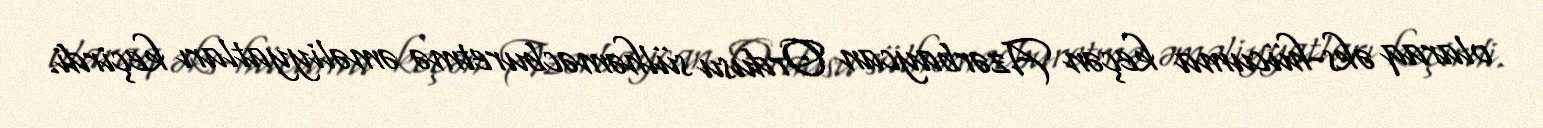
olaraq əks-hücuma keçən Azərbaycan Ordusu sülhəməcburetmə əməliyyatları keçirdi.